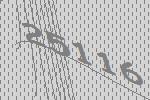
25116